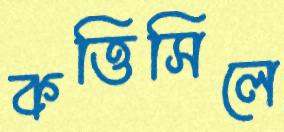
কত্তিসিলে